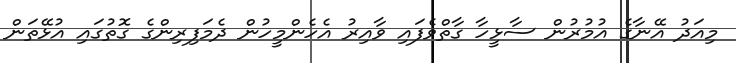
މިއަދު އޭނާގެ އުމުރުން ސާޅީހާ ގާތްވެފައި ވާއިރު އެހެންމީހުން ދެމަފިރިންގެ ގޮތުގައި އުޅޭތަން